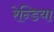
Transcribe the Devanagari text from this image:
रेन्डिया